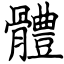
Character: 體